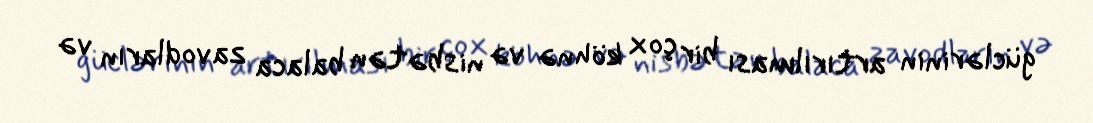
güclərinin artırılması bir çox köhnə və nisbətən balaca zavodların və